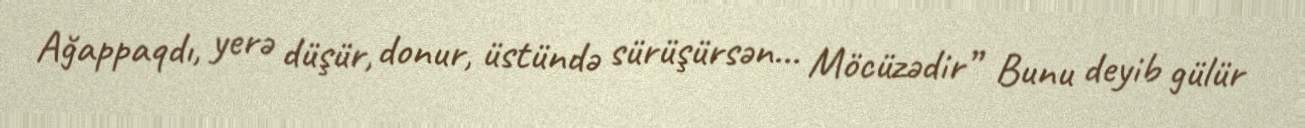
Ağappaqdı, yerə düşür, donur, üstündə sürüşürsən... Möcüzədir” Bunu deyib gülür